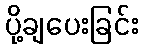
ပို့ချပေးခြင်း